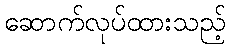
ဆောက်လုပ်ထားသည့်